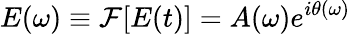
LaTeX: E(\omega)\equiv\mathcal{F}[E(t)]=A(\omega)e^{i\theta(\omega)}